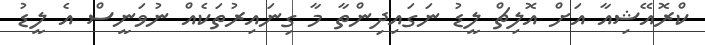
ކްރޮއޭޝިއާ އަށް އޮލިޗް ލީޑު ނަގައިދިންތާ މާ ގިނައިރުތަކެއް ނުވަނީސް އެ ލީޑު